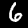
Label: 6